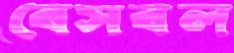
বেসবল